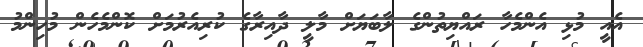
އެއީ މުޅި އެންމެހާ ރައްޔިތުންގެ ލާބަޔަށް މާލީ ދާއިރާގެ ކުރިއެރުމަށް ކޮންމެހެން މުހިންމު